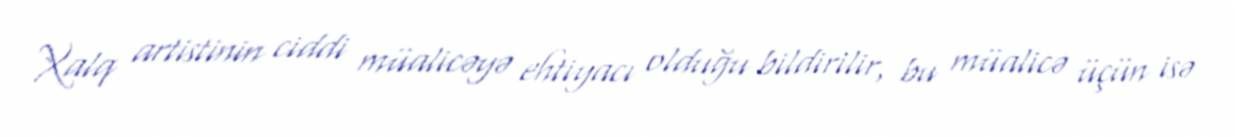
Xalq artistinin ciddi müalicəyə ehtiyacı olduğu bildirilir, bu müalicə üçün isə